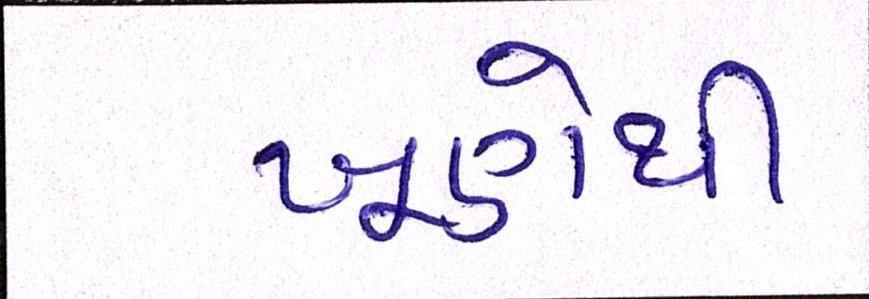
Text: ખૂણેથી